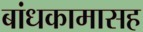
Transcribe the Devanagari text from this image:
बांधकामासह